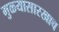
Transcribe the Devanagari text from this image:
मुळ्यासारखाच